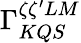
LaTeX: \Gamma_{KQS}^{\zeta\zeta^{\prime}LM}